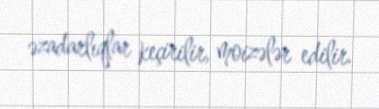
əzadarlıqlar keçirilir, moizələr edilir.